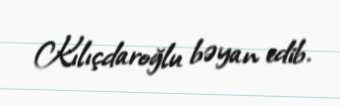
Kılıçdaroğlu bəyan edib.